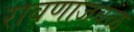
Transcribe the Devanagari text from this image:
रावणाजवळ